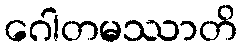
ဂေါတမဿာတိ